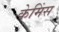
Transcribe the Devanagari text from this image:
केमिंस